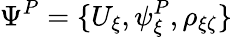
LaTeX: \Psi^{P}=\{ U_{\xi},\psi_{\xi}^{P},\rho_{\xi\zeta}\}